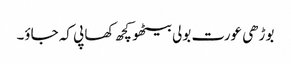
بوڑھی عورت بولی بیٹھو کچھ کھا پی کہ جاؤ۔